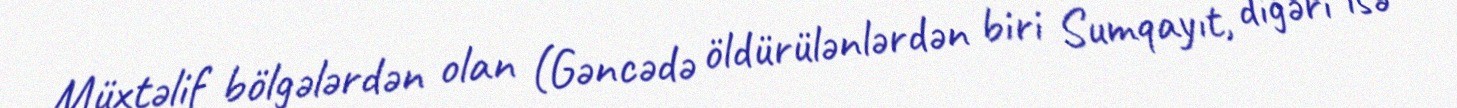
Müxtəlif bölgələrdən olan (Gəncədə öldürülənlərdən biri Sumqayıt, digəri isə